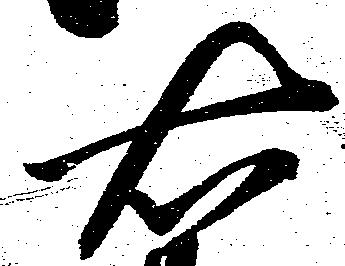
右